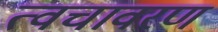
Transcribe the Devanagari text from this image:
त्वचावरण